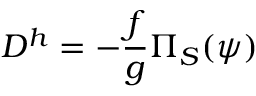
D ^ { h } = - \frac { f } { g } \Pi _ { S } ( \psi )